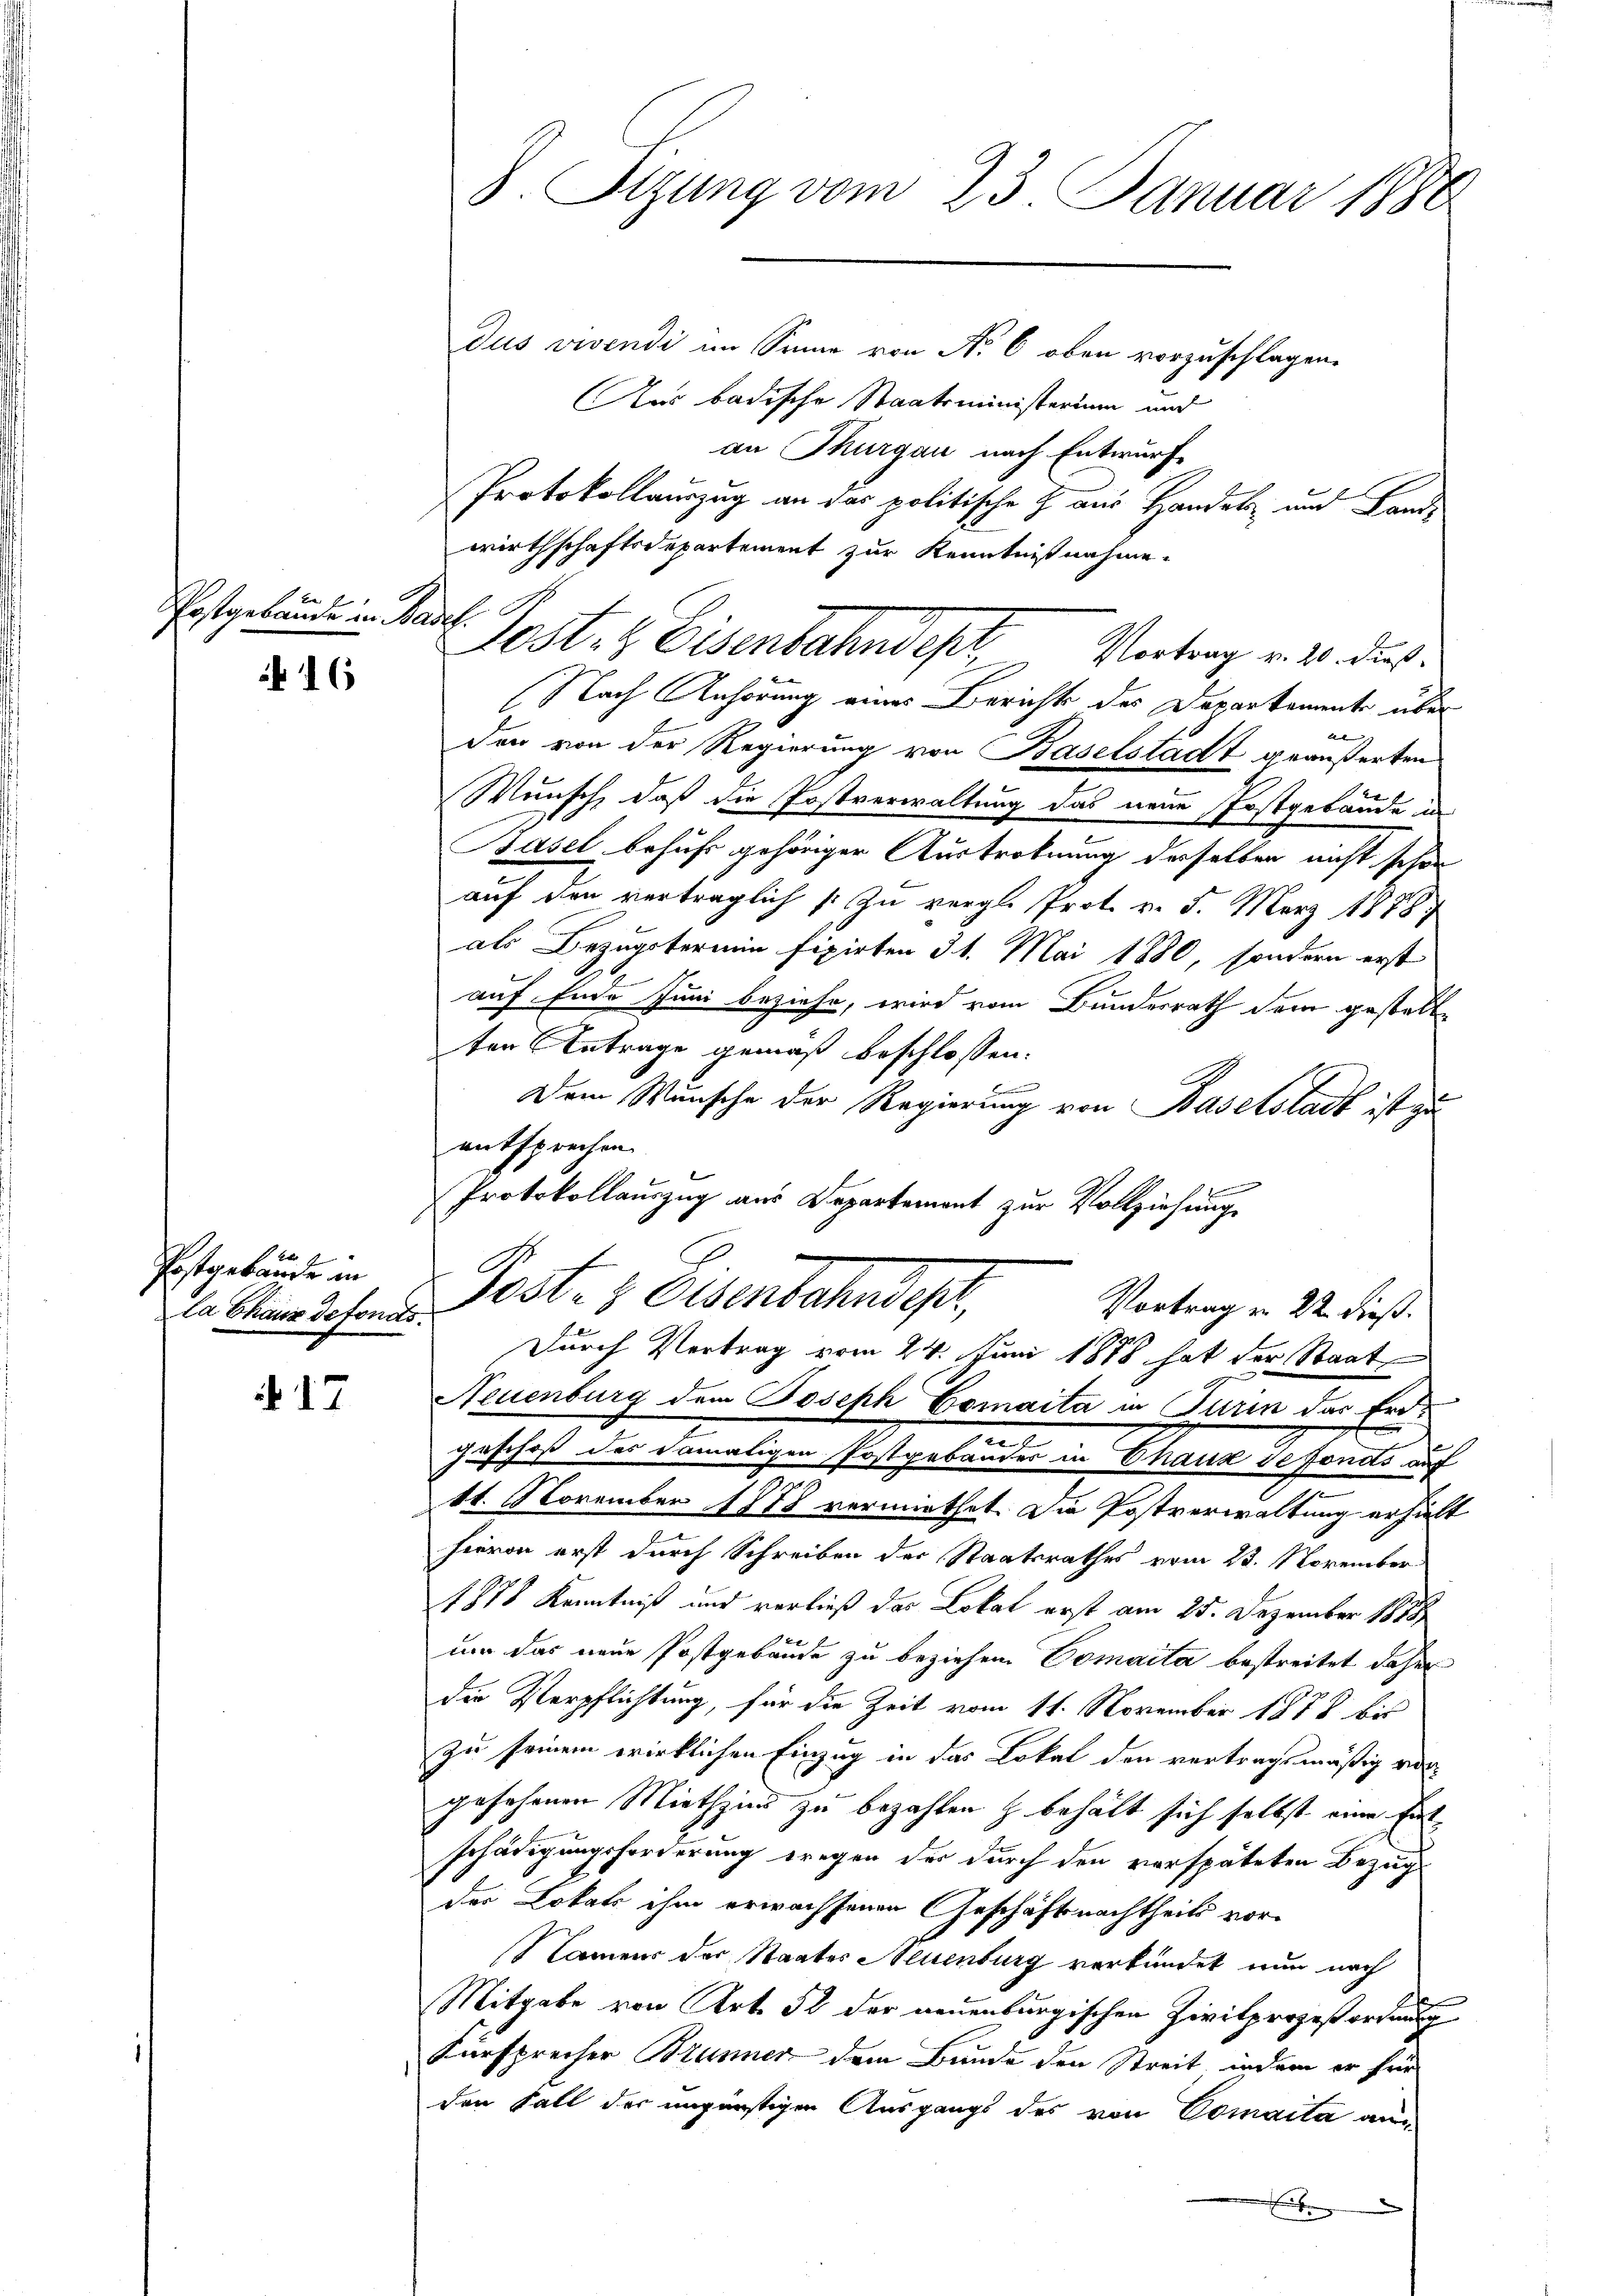
Postgebäude in Basel

16

Postgebäude in
la Chaux defonds.

17

S. Tizung vom 23. Januar 1880
dus vivendi im Sinne von No 6 oben vorzuschlagen.
Ans badische Staatsministerium und

an Thurgau nach Entwurf
Protokollauszug an das politische Z. aus Handel und Landwirthschaftsdepartement zur Kenntnißnahme.
Nach Anhörung eines Bericht des Deparkament über
a
den von der Regierung von Baselstadt geäußerten
Wunsch, daß die Postverwaltung das neue Postgebäude in
Basel behufs gehöriger Austrofnung derselben nicht schon
auf den verträglich zu vergl. Prot. v. 5. März 1878
als Bezugstermin fixirten 31. Mai 1880, sondern erst
auf Ende Juni beziehe, wird vom Bundesrath dem gestelle
ten Antrage gemäß beschlossen:
Dem Wunsche der Regierung von Baselstadt ist zu
entsprechen.
Protokollauszug aus Departement zur Vollziehung
.
E
Post- & Ottenbahndept
Vortrag u. 22. dieß.
1
Durch Vertrag vom 24. Juni 1888 hat der Staat
Neuenburg dem Joseph Comaita in Turin das Erde
geschoß des damaligen Postgebäudes in Chaux de fonds auf
11. November 1878 vermiethet. Die Postverwaltung erhielt
hievon erst durch Schreiben der Staatsrathes vom 23. November
1871 Kenntniß und verließ das Lokal erst am 25. Dezember 1888
uor das neue Postgebäude zu beziehen Comaita bestreitet daher
die Verpflichtung, für die Zeit vom 11. November 1878 bis
zu seinem wirklichen Einzug in das Lokal den vertragsmäßig vergesehenen Miethzins zu bezahlen & behält sich selbst eine Entschädigungsforderung dregen der durch den verspäteten Bezugs
der Lokals ihm erwachsenen Geschäftsnachtheils vor-
Namens der Staates Neuenburg verkündet nun nach
Mitgabe von Art. 52 der neuenburgischen Zivilprozeßordnung
Fürsprecher Brunner dem Bunde den Streit, indem er frü
den Fall der ungünstigen Ausgangs des von Comaita an¬

10ste & Eisenbahndept Vortrag v. 20. dieß.